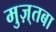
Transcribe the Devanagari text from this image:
मुज़्तबा